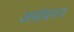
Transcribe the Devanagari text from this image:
असंघनन